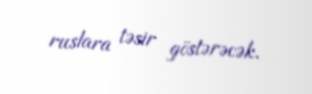
ruslara təsir göstərəcək.